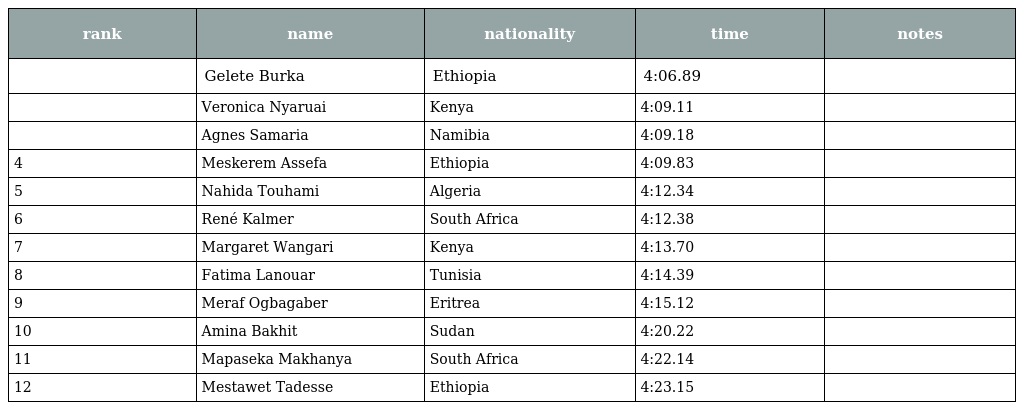
| rank | name | nationality | time | notes |
 | --- | --- | --- | --- | --- |
 |  | Gelete Burka | Ethiopia | 4:06.89 |  |
 |  | Veronica Nyaruai | Kenya | 4:09.11 |  |
 |  | Agnes Samaria | Namibia | 4:09.18 |  |
 | 4 | Meskerem Assefa | Ethiopia | 4:09.83 |  |
 | 5 | Nahida Touhami | Algeria | 4:12.34 |  |
 | 6 | René Kalmer | South Africa | 4:12.38 |  |
 | 7 | Margaret Wangari | Kenya | 4:13.70 |  |
 | 8 | Fatima Lanouar | Tunisia | 4:14.39 |  |
 | 9 | Meraf Ogbagaber | Eritrea | 4:15.12 |  |
 | 10 | Amina Bakhit | Sudan | 4:20.22 |  |
 | 11 | Mapaseka Makhanya | South Africa | 4:22.14 |  |
 | 12 | Mestawet Tadesse | Ethiopia | 4:23.15 |  |